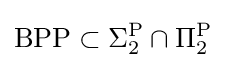
\mathrm {BPP} \subset \Sigma _{2}^{\mathrm {P} }\cap \Pi _{2}^{\mathrm {P} }